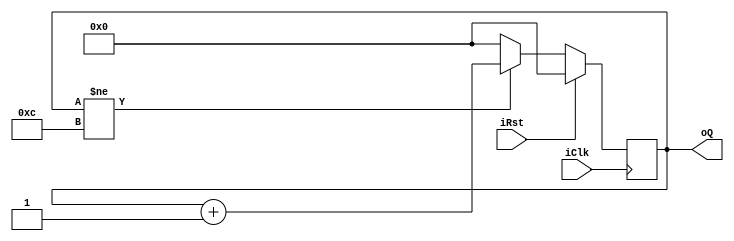
`timescale 1ns / 1ps
//////////////////////////////////////////////////////////////////////////////////
// Company: 
// Engineer: 
// 
// Design Name: 
// Module Name: counter_lim
// Project Name: 
// Target Devices: 
// Tool Versions: 
// Description: 
// 
// Dependencies: 
// 
// Revision:
// Revision 0.01 - File Created
// Additional Comments:
// 
//////////////////////////////////////////////////////////////////////////////////


module counter_lim #(parameter LIM = 12, parameter N = $clog2(LIM))
    (
        input wire iClk, iRst,
        output wire [N-1:0] oQ
    );
    // signal declaration
    reg [N-1:0] r_CntCurr; // the actual counter register
    wire [N-1:0] w_CntNext;// the input to the register
    
    // the counter register
    always @(posedge iClk)
        if (iRst==1)
            r_CntCurr <= 0;
        else
            r_CntCurr <= w_CntNext;
    // the increment circuit (combinational)
    assign w_CntNext = (r_CntCurr != LIM) ? r_CntCurr + 1 : 0;
    
    // the output
    assign oQ = r_CntCurr;
endmodule